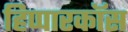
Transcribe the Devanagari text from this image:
हिप्पारकॉस